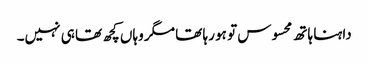
داہنا ہاتھ محسوس تو ہو رہا تھا مگر وہاں کچھ تھا ہی نہیں۔